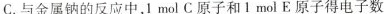
C.与金属钠的反应中，1 mol C原子和1 mol E原子得电子数